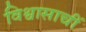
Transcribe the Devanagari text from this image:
विश्वासाचीं